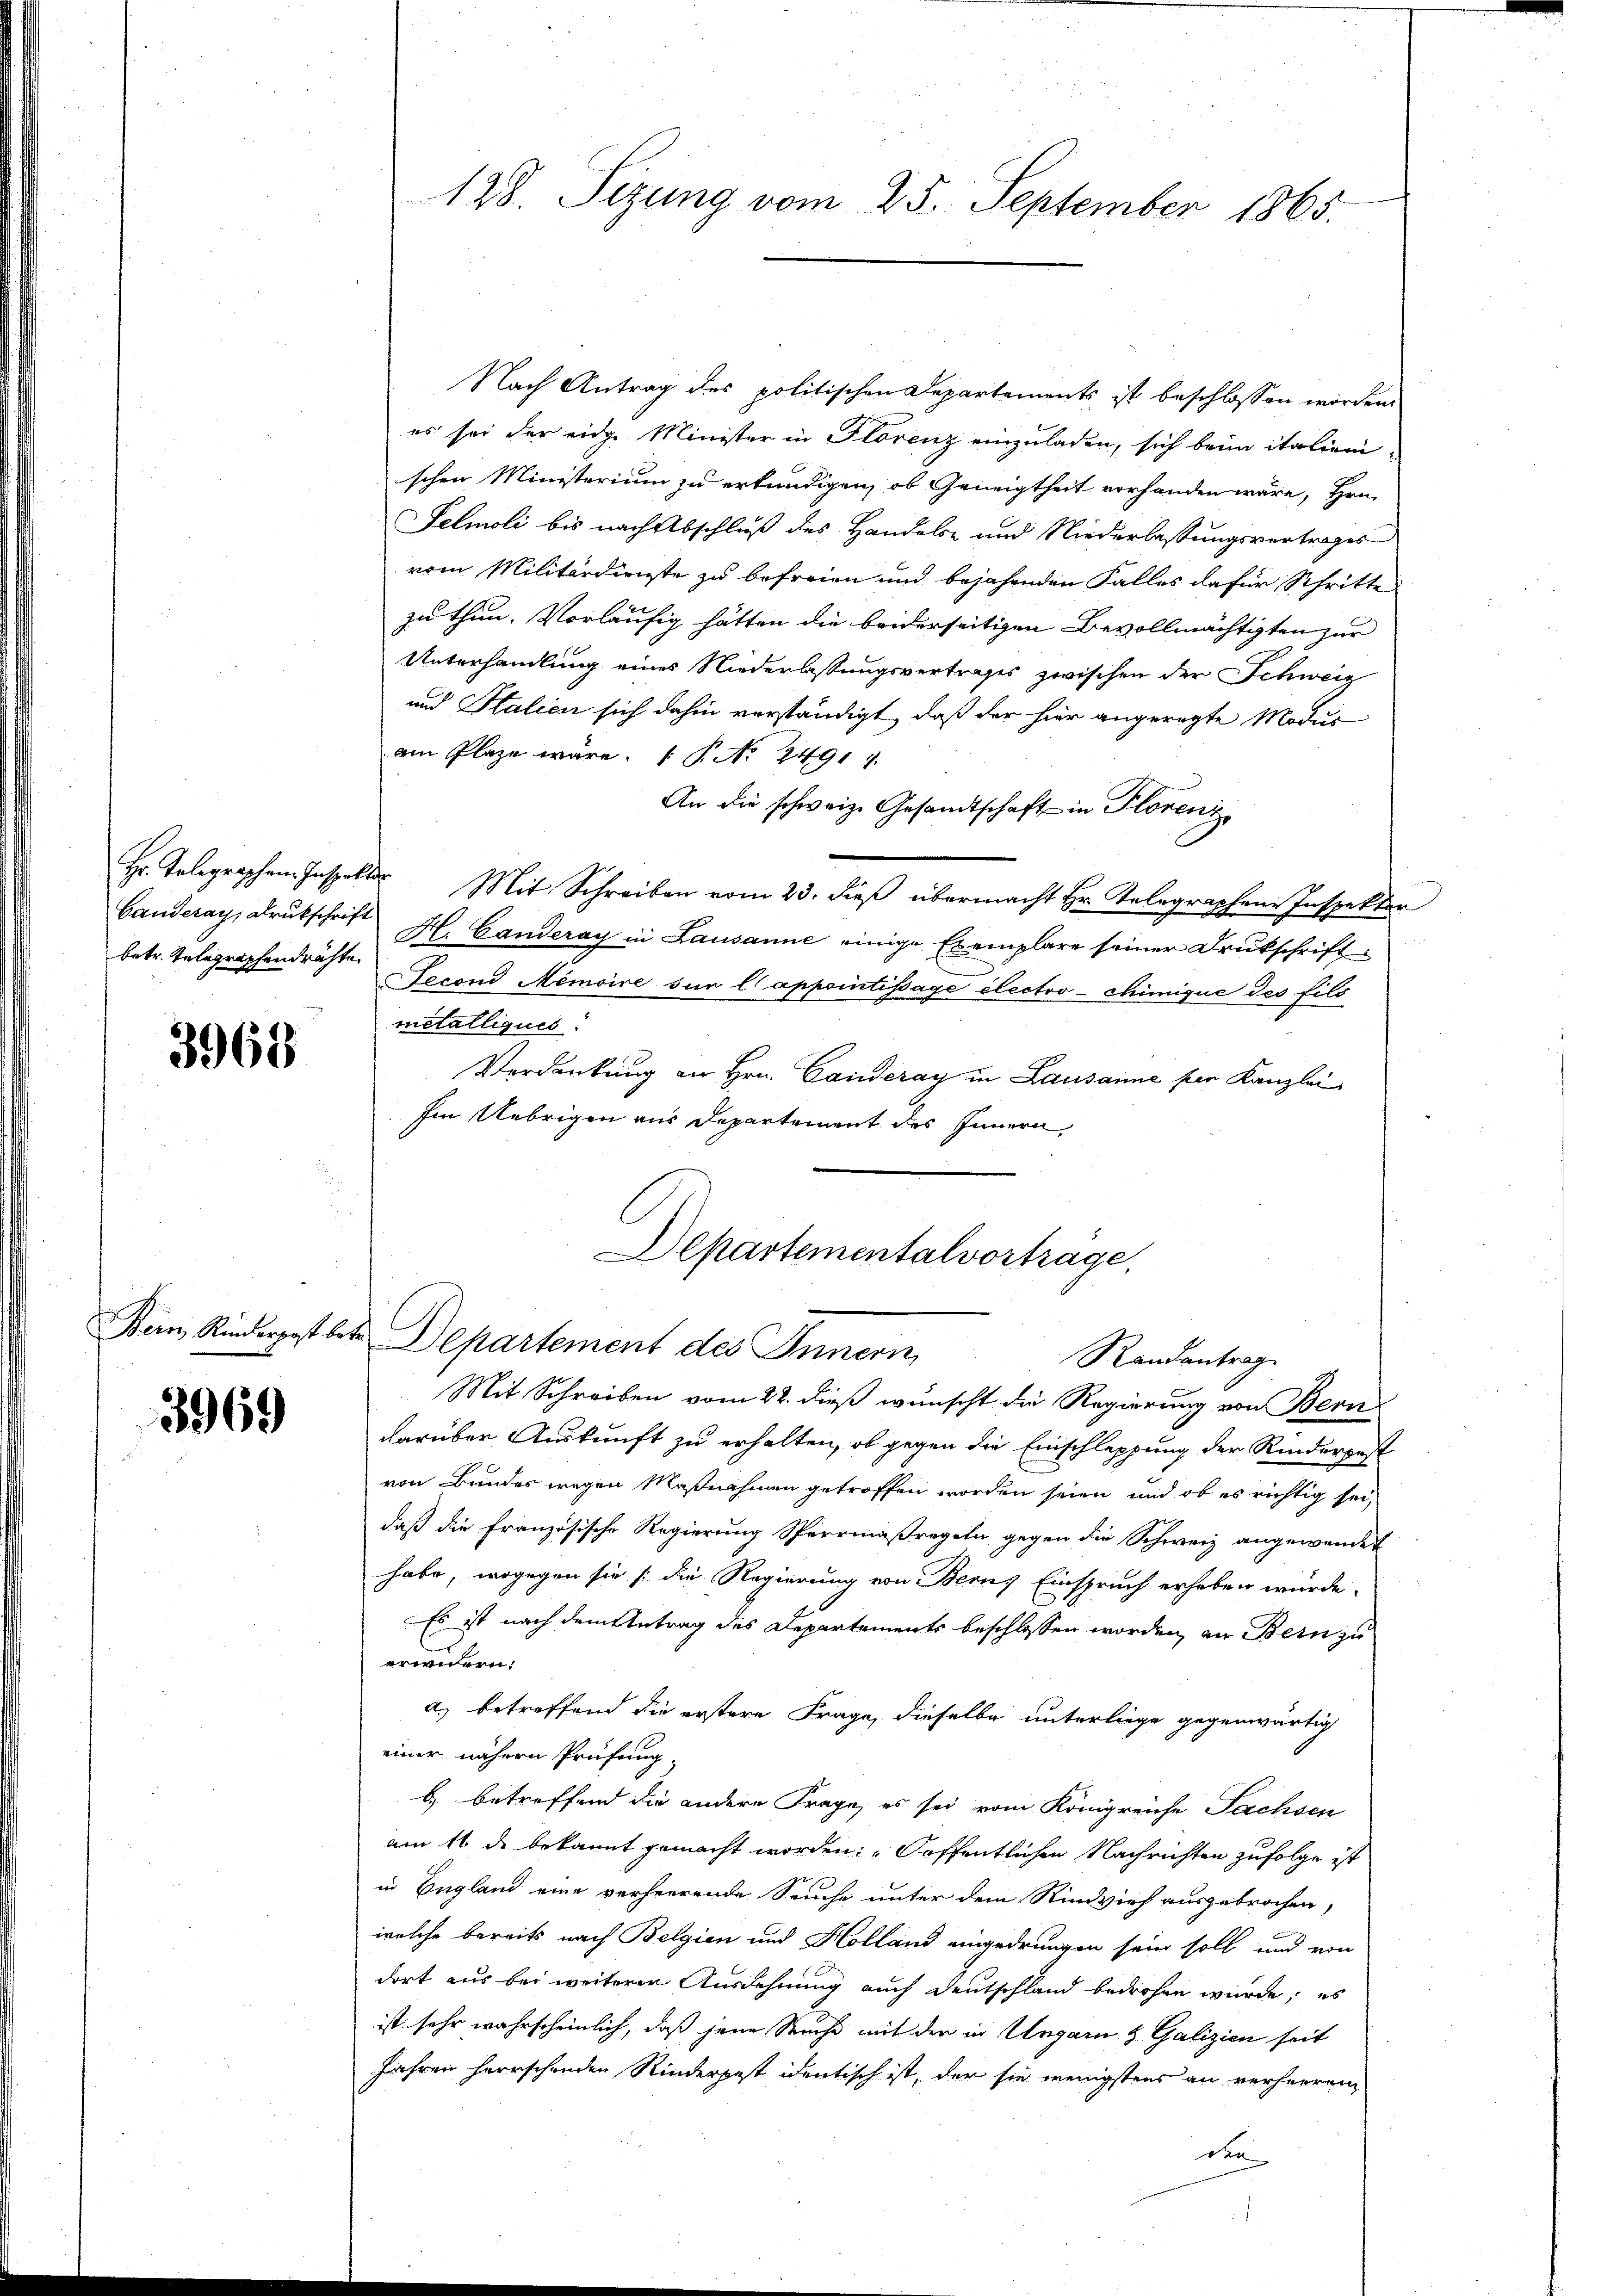
Ganderay, Druckschrift
betr. Telegraphendrähte

3968

Bern, Rinderpost betr

3969

128. Sizung vom 25. September 1865.

Nach Antrag des politischen Departements ist beschlossen worden.
es sei der eidge Minister in Florenz einzuladen, sich beim italieni-
schen Ministerium zu erkundigen, ob Geneigtheit vorhanden wäre, Hrn.
Felmoli bis nach Abschluß des Handels- und Niederlassungsvertrages
vom Militärdienste zu befreien und bejahenden Falles dafür Schritte
zu thun. Vorläufig hätten die beiderseitigen Bevollmächtigten zur
Unterhandlung eines Niederlassungsvertrages zwischen der Schweiz
und Stalien sich dahin verständigt, daß der hier angeregte Modus
am Plaze wäre. P. Nr. 2491
An die schweiz. Gesandtschaft in Florenz
Hr. Telegraphen Inspektor Mit Schreiben vom 23. dieβ übermacht Hr. Telegraphene Inspektor
H. Canderay in Lausanne einige Exemplare seiner Drukschrift
Fecond Memoire sur l appointissage électro-chimique des fils
metalliques.
Verdankung an Hrn. Canderay in Lausanne per Kanzlei
Im Uebrigen aus Departement des Innern,
Departementalvortrage,
Departement des Innern,
Randantrag
Mit Schreiben vom 22. dieß wünscht die Regierung von Bern
darüber Auskunft zu erhalten, ob gegen die Einschleppung der Rinderpest
von Bundes wegen Maßnahmen getroffen worden seien und ob es richtig sei,
daß die Französische Regierung Sperrmaßregeln gegen die Schweiz angewendet
habe, wogegen sie /: die Regierung von Bern, Einspruch erheben würde.
Es ist nach dem Antrag des Departements beschlossen worden, an Bern zu
erwidern:
a) betreffend die erstere Frage, dieselbe unterliege gegenwärtig
einer nähern Prüfung,
b) betreffend die andere Frage, es sei vom Königreiche Sachsen
am 11 de bekannt gemacht worden: „Soffentlichen Nachrichten zufolge ist.
in England eine verheerende Seuche unter dem Rindvieh ausgebrochen,
welche bereits nach Belgien und Holland eingedrungen sein soll und von
dort aus bei weiteren Ausdehnung auch Deutschland bedrohen wurde, es
ist sehr wahrscheinlich, daß jene Sache mit der in Ungarn & Galizien seit
Jahren herrschenden Rinderpest identisch ist, der sie wenigstens an verherren,
den